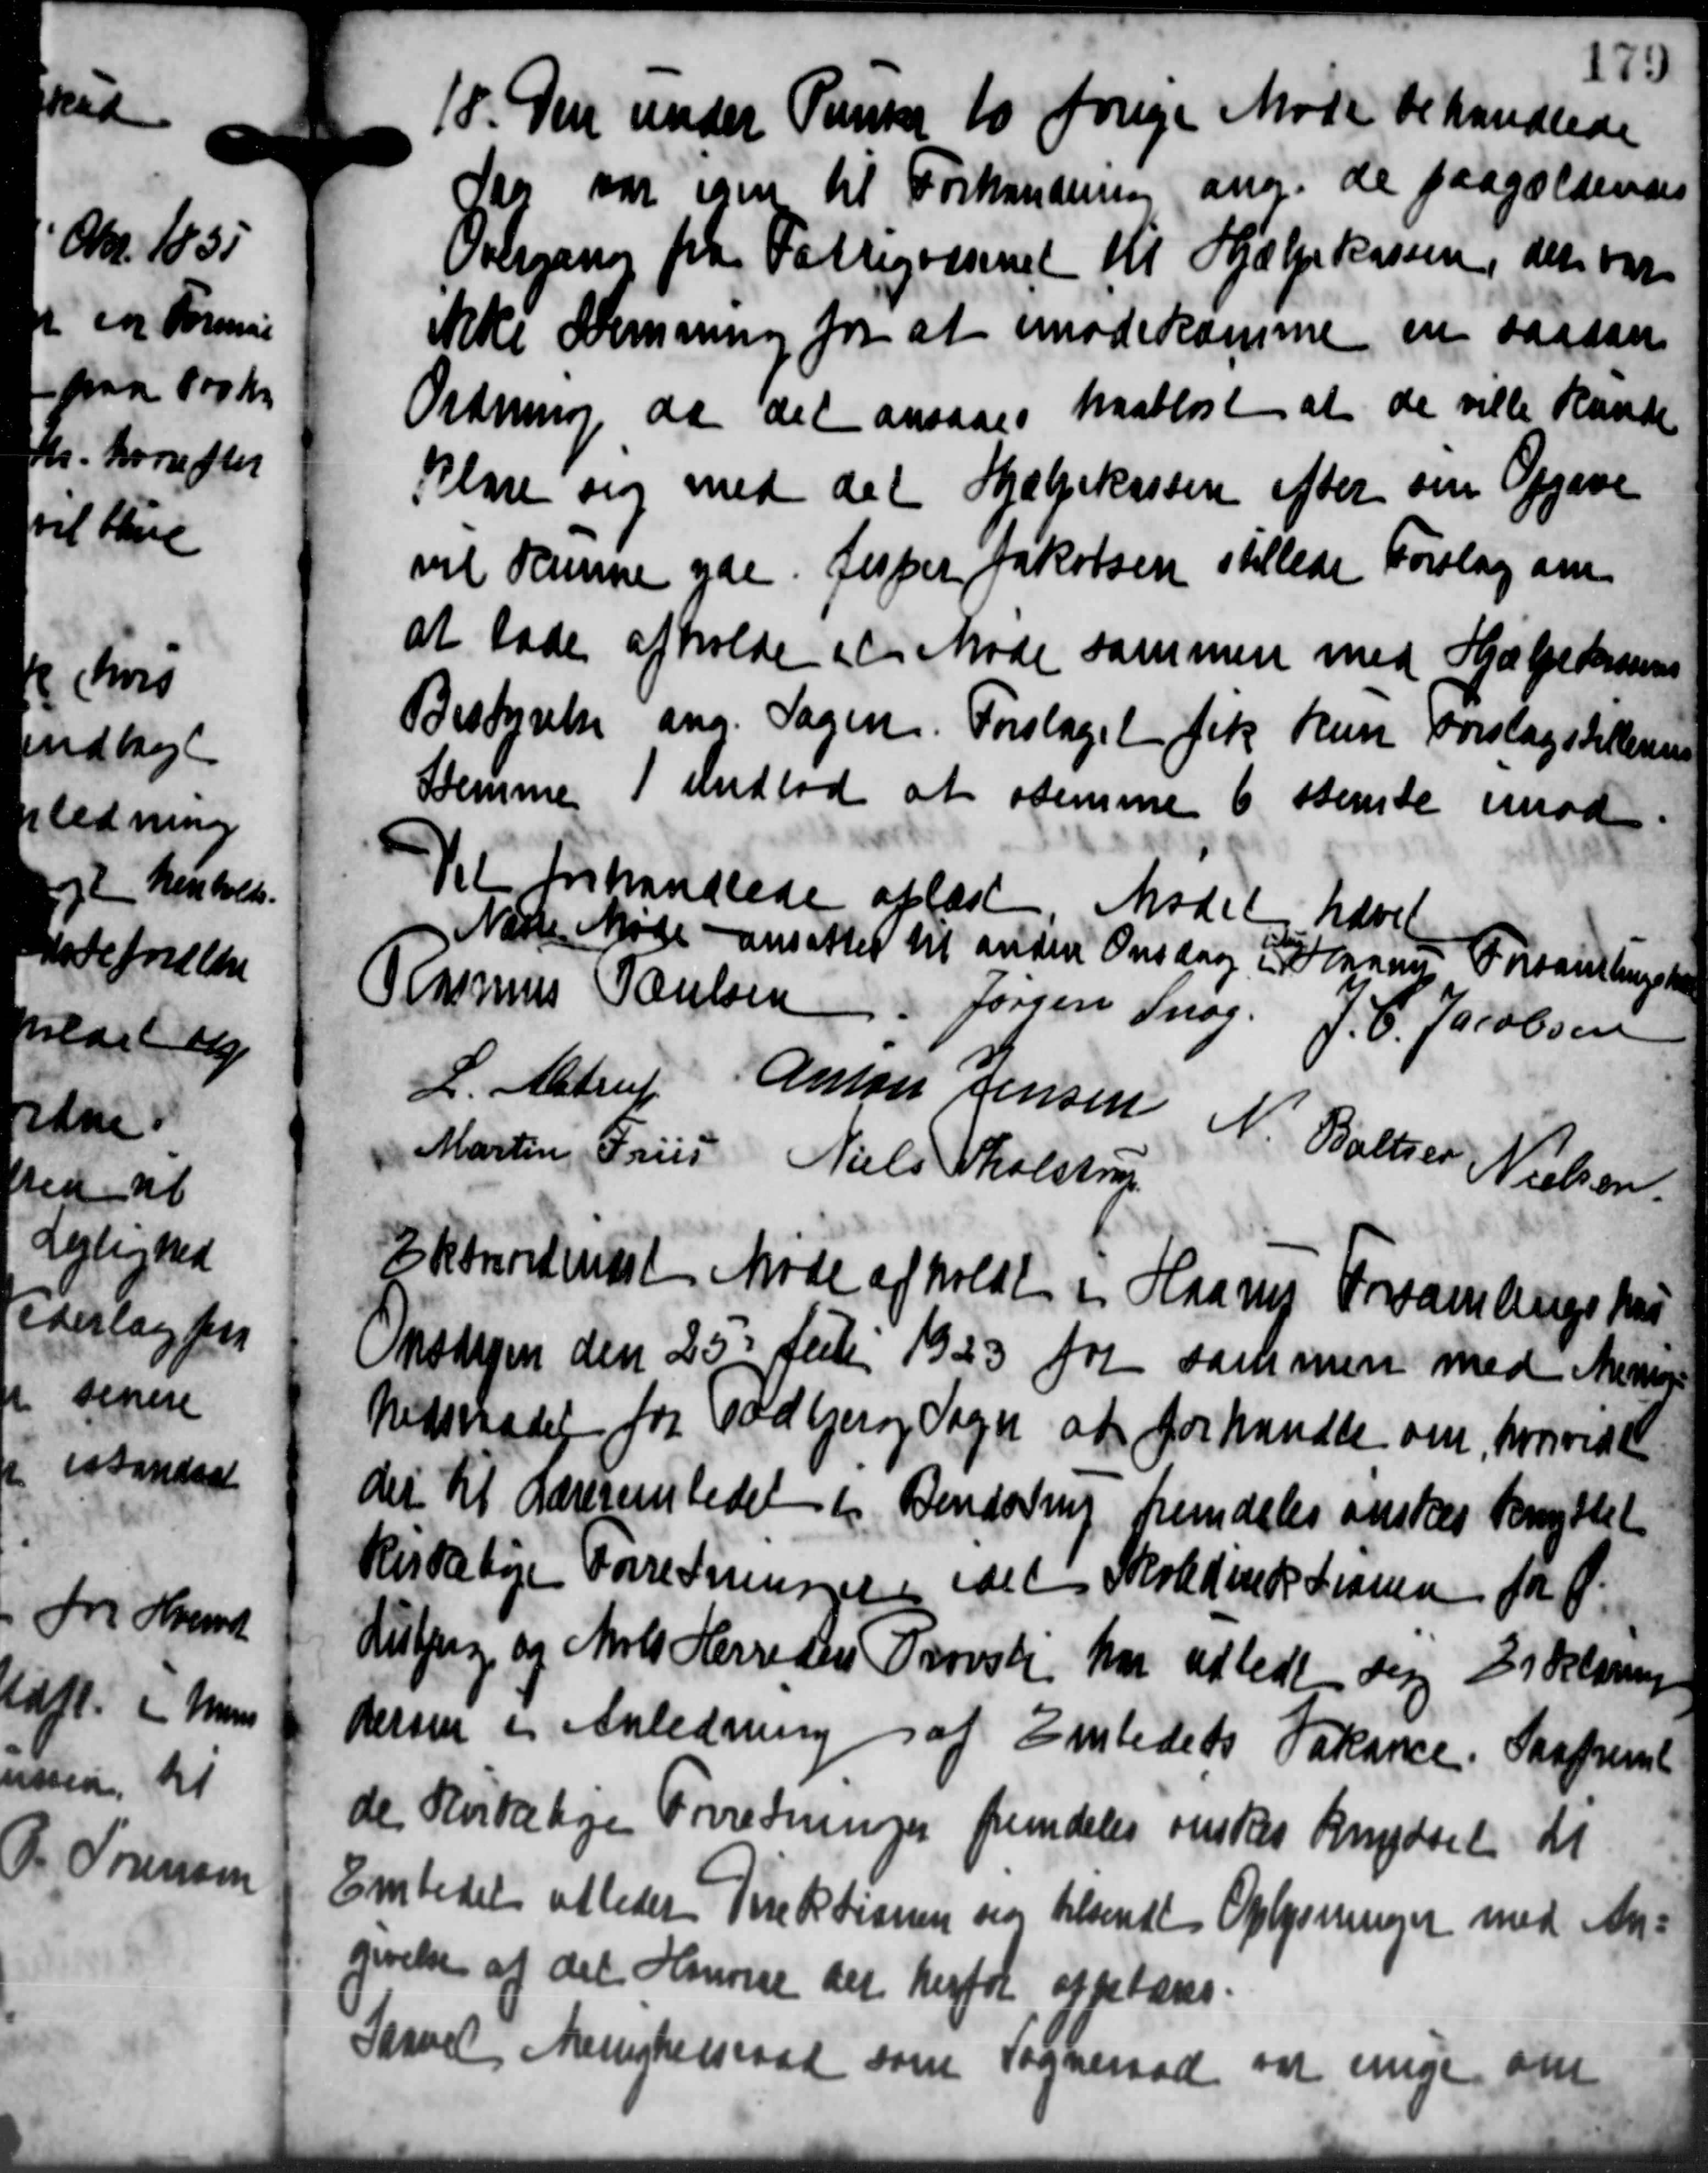
Transskription:
18. Den under Punker to forige Møde behandlede
18. Den under Punker to forige Møde behandlede
sag var som til Forhandling ang. de paagældendes
Overgang fra Fattigvæsenet til Hjælpekassen, der var
ikke Henning for at imødekomme en saadan
Ordning da det ansaaes paablist at de ville Rande
Klare sig med det Hjælpekassen efter om Opgive
vil samme yde Jesper Jakobsen stillede Forslag om
at lade afholde et Møde sammen med Hjælpekassens
Bestyrelse ang. Sagen. Forslaget fik kun Forslagsdikterens
Stemme 1 undlod at stemmer 6 stemte imod
Tit Forhandlede oplæste Mødet hævet
Nødte Møde ansattes til anden Onsdag i Sognes Forhandlingsk

Rasmus Poulsen Jørgen Snog J. C. Jacobsen
L. Alstrup Anton Jensen N. Baller Nielsen
Martin Friis Niels Tholstrup
2 Korshuset Møde afholdt i Haarup Forsamlingshus
Mødagen den 25' Juli 1923 for sammen med Mering
Medsraadet for Todbjerg Sogn at forhandle om, hvorvedet
der til Lærerembedet i Bendring fremdeles ønskes Benyttet
Kvidelige Forretningene ialt Skoledirektionen for Ø
Hubjerg og Mols Herredsens Provsti har udbedt der Didelsring
dersen i Anledning af Embedets Vakance. Saafremt
de Kvitalije Forretninger fremdeles ønskes Brydsel til
Embedet afleder Direktionen saa tilsende Oplysninger med An-
givelse af det Henvise det herfor expelæres.
Garvet Menighedsraad som Sogneraad
var enige om